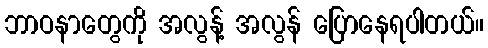
ဘာဝနာတွေကို အလွန့် အလွန် ပြောနေရပါတယ်။